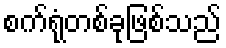
စက်ရုံတစ်ခုဖြစ်သည်